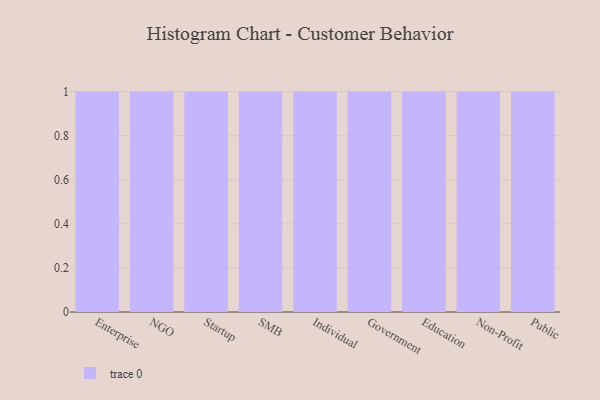
{"axis": {"x": "Segment", "y": "Temperature (°C)"}, "legend": [""], "data": [{"x": "Enterprise", "y": 53, "type": ""}, {"x": "NGO", "y": 45, "type": ""}, {"x": "Startup", "y": 1, "type": ""}, {"x": "SMB", "y": 66, "type": ""}, {"x": "Individual", "y": 96, "type": ""}, {"x": "Government", "y": 43, "type": ""}, {"x": "Education", "y": 41, "type": ""}, {"x": "Non-Profit", "y": 50, "type": ""}, {"x": "Public", "y": 53, "type": ""}]}